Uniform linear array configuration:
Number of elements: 4
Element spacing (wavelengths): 0.75
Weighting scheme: cosine
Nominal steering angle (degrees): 60
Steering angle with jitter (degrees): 58.571
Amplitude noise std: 0.05
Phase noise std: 0.05

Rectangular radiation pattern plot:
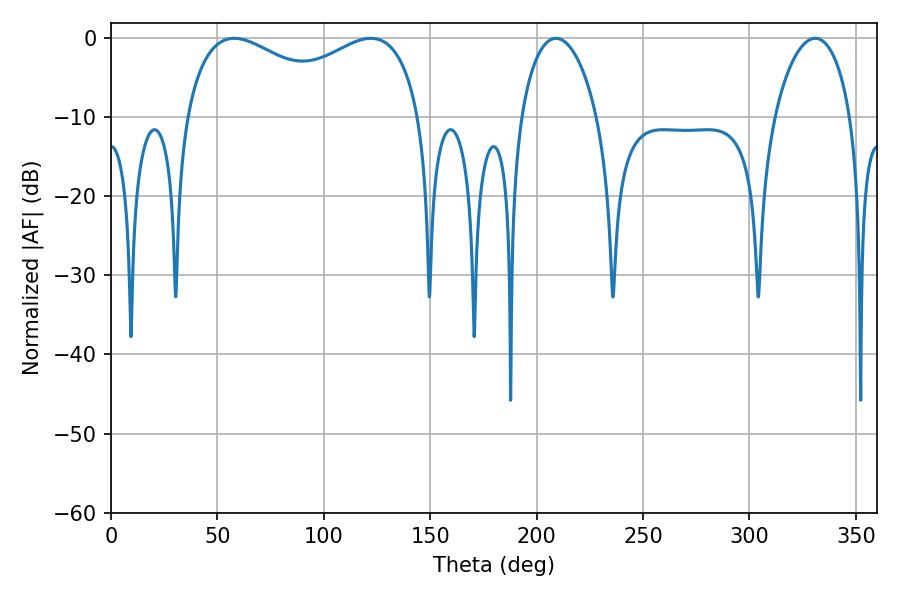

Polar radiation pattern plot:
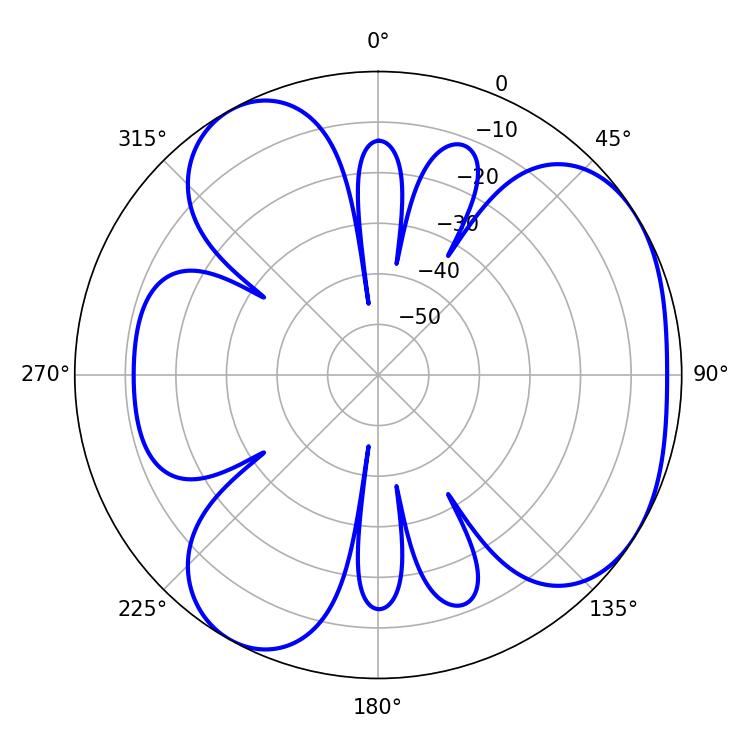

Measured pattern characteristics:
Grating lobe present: TRUE
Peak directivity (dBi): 4.429
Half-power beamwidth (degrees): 92.16
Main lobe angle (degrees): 57.96